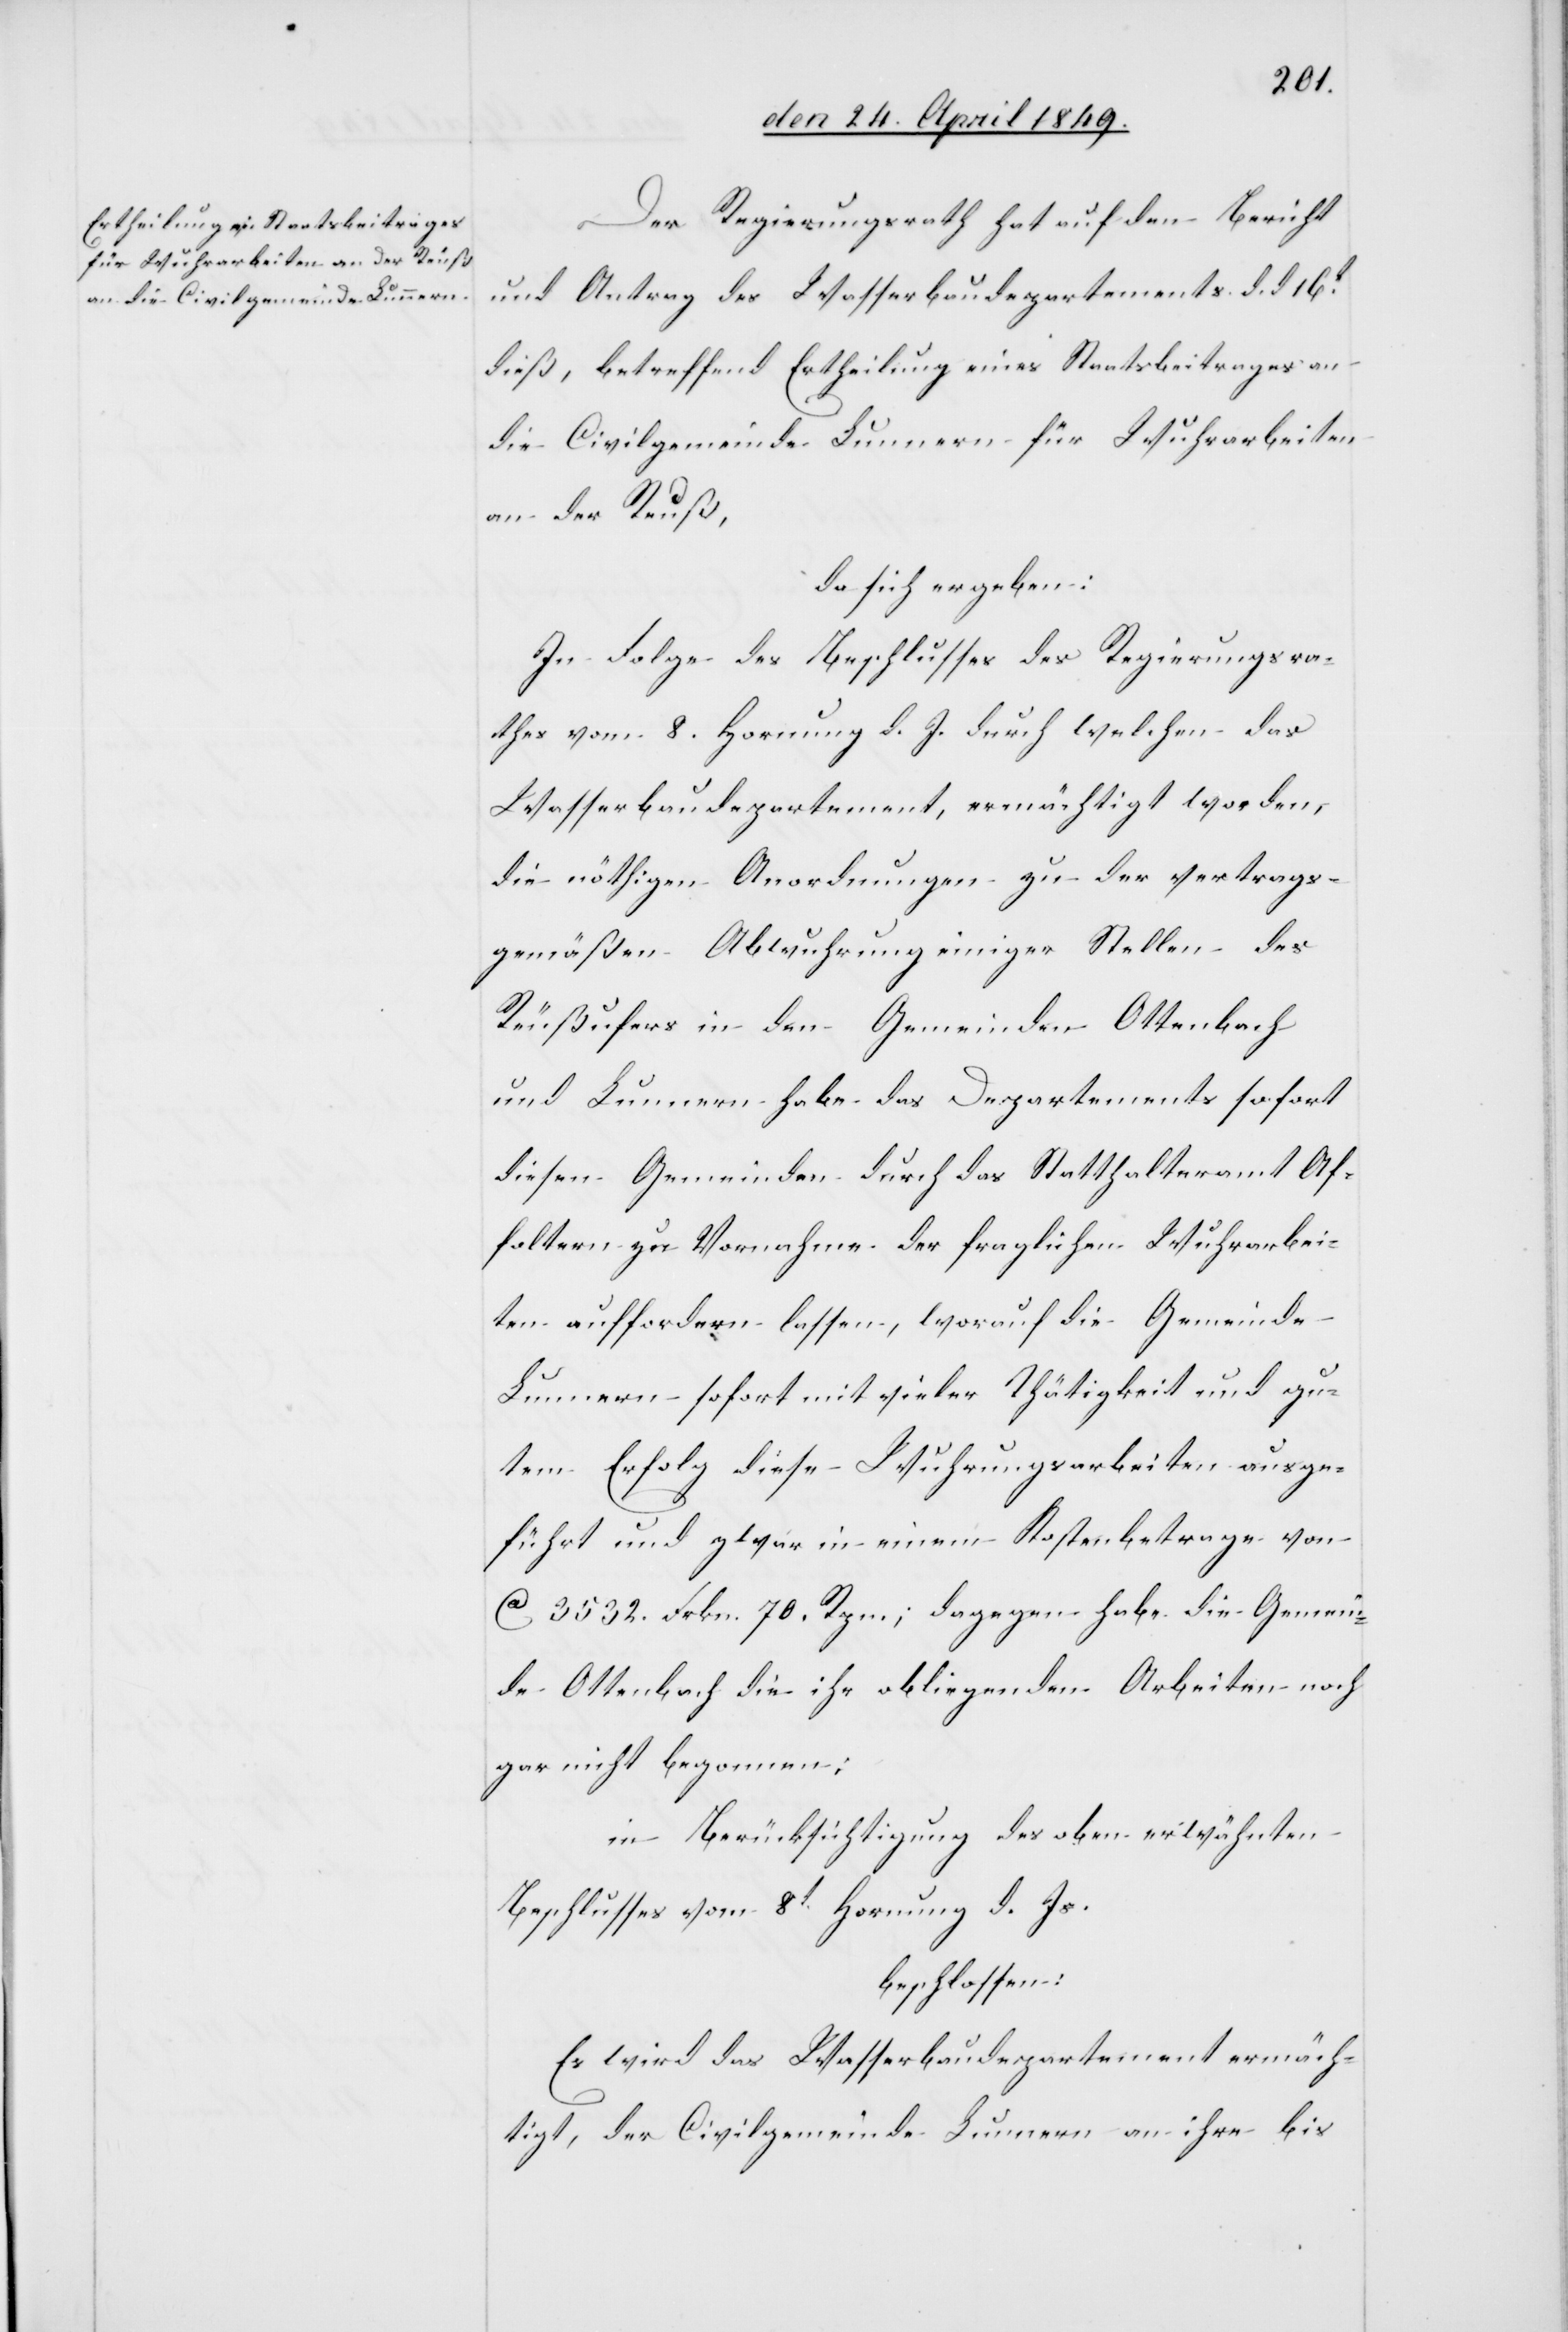
Der Regierungsrath hat auf den Bericht
und Antrag des Wasserbaudepartements d. d. 16t
dieß, betreffend Ertheilung eines Staatsbeitrages an
die Civilgemeinde Lunnern für Wuhrarbeiten
an der Reuß,
da sich ergeben:
In Folge des Beschlusses des Regierungsra¬
thes vom 8. Hornung d. J. durch welchen das
Wasserbaudepartement, ermächtigt worden,
die nöthigen Anordnungen zu der vertrags¬
gemäßen Abwuhrung einiger Stellen des
Reußufers in den Gemeinden Ottenbach
und Lunnern habe das Departements sofort
diesen Gemeinden durch das Statthalteramt Af¬
foltern zu Vornahme der fraglichen Wuhrarbei¬
ten auffordern lassen, worauf die Gemeinde
Lunnern sofort mit vieler Thätigkeit und gu¬
tem Erfolg diese Wuhrungsarbeiten ausge¬
führt und zwar in einem Kostenbetrage von
ca 3532. Frkn. 70. Rpn; dagegen habe die Gemein¬
de Ottenbach die ihr obliegenden Arbeiten noch
gar nicht begonnen:
in Berücksichtigung des oben erwähnten
Beschlusses vom 8t Hornung d. Js.
beschlossen:
Es wird das Wasserbaudepartement ermäch¬
tigt, der Civilgemeinde Lunnern an ihre bis